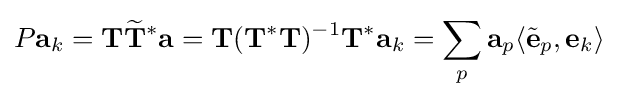
P\mathbf {a} _{k}=\mathbf {T} {\widetilde {\mathbf {T} }}^{*}\mathbf {a} =\mathbf {T} (\mathbf {T} ^{*}\mathbf {T} )^{-1}\mathbf {T} ^{*}\mathbf {a} _{k}=\sum _{p}\mathbf {a} _{p}\langle {\tilde {\mathbf {e} }}_{p},\mathbf {e} _{k}\rangle